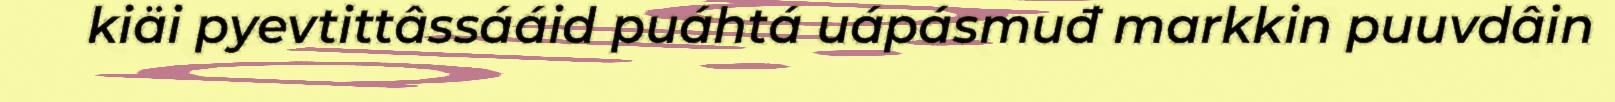
kiäi pyevtittâssááid puáhtá uápásmuđ markkin puuvdâin